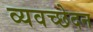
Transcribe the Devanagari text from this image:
व्यवच्छेदन